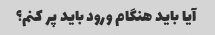
آیا باید هنگام ورود باید پر کنم؟